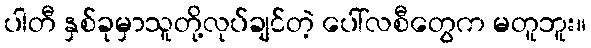
ပါတီ နှစ်ခုမှာသူတို့လုပ်ချင်တဲ့ ပေါ်လစီတွေက မတူဘူး။